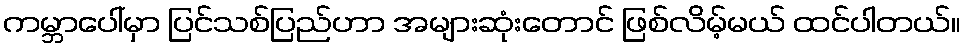
ကမ္ဘာပေါ်မှာ ပြင်သစ်ပြည်ဟာ အများဆုံးတောင် ဖြစ်လိမ့်မယ် ထင်ပါတယ်။